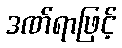
ဒဏ်ရာဖြင့်